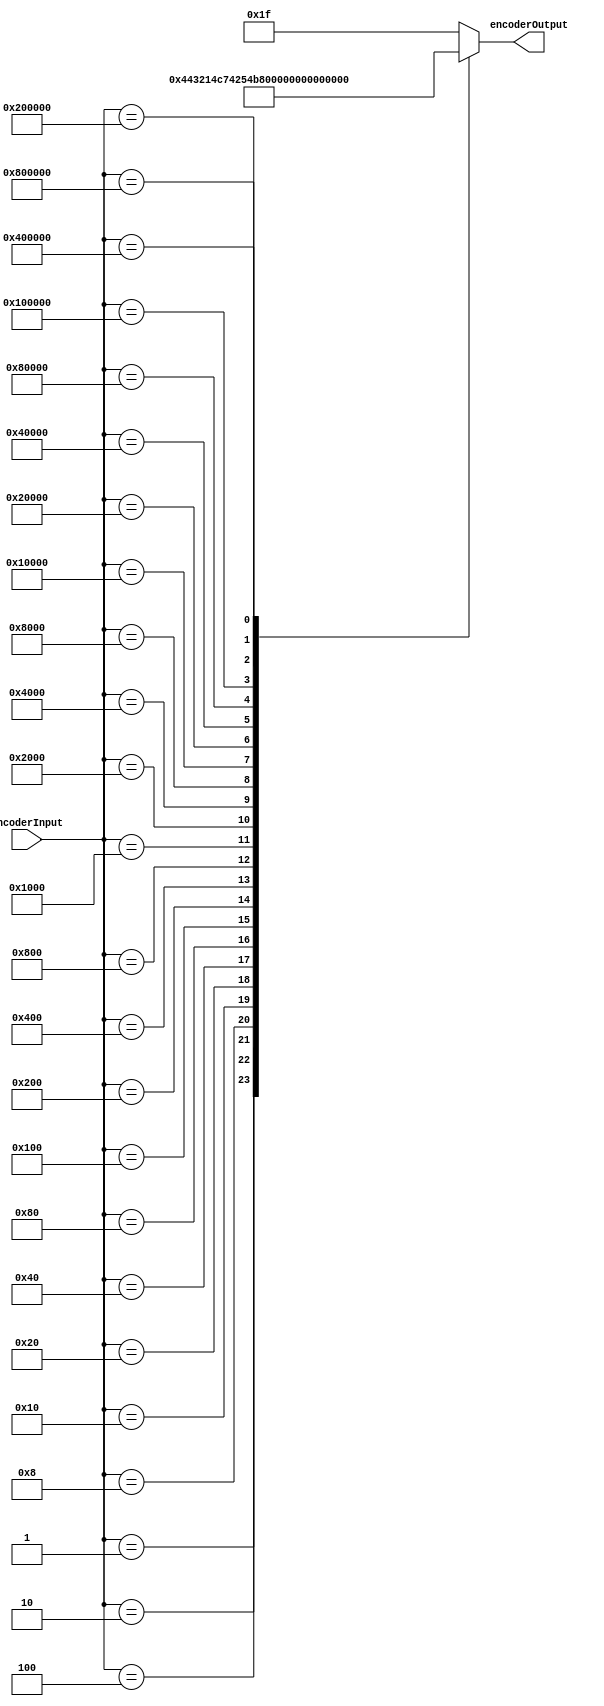
`timescale 1ns/10ps

module encoder_32_to_5 (
		 input wire [31:0] encoderInput
		,output reg [4:0] encoderOutput
	);
		
	always@(*) begin
		case(encoderInput)
         32'h00000001 : encoderOutput <= 5'd0;   
         32'h00000002 : encoderOutput <= 5'd1;     
			32'h00000004 : encoderOutput <= 5'd2;      
         32'h00000008 : encoderOutput <= 5'd3;     
         32'h00000010 : encoderOutput <= 5'd4;     
         32'h00000020 : encoderOutput <= 5'd5;      
         32'h00000040 : encoderOutput <= 5'd6;    
         32'h00000080 : encoderOutput <= 5'd7;     
         32'h00000100 : encoderOutput <= 5'd8;     
         32'h00000200 : encoderOutput <= 5'd9;      
         32'h00000400 : encoderOutput <= 5'd10;    
         32'h00000800 : encoderOutput <= 5'd11;   
         32'h00001000 : encoderOutput <= 5'd12;    
         32'h00002000 : encoderOutput <= 5'd13;  
         32'h00004000 : encoderOutput <= 5'd14; 
         32'h00008000 : encoderOutput <= 5'd15; 
			32'h00010000 : encoderOutput <= 5'd16;     
         32'h00020000 : encoderOutput <= 5'd17;     
         32'h00040000 : encoderOutput <= 5'd18;  
			32'h00080000 : encoderOutput <= 5'd19;   
         32'h00100000 : encoderOutput <= 5'd20;     
         32'h00200000 : encoderOutput <= 5'd21;    
			32'h00400000 : encoderOutput <= 5'd22; 
			32'h00800000 : encoderOutput <= 5'd23;     
	  default: encoderOutput <= 5'd31;
      endcase
   end
endmodule